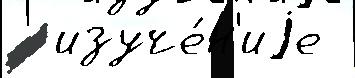
  изуче́н'иjе